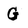
Character: G